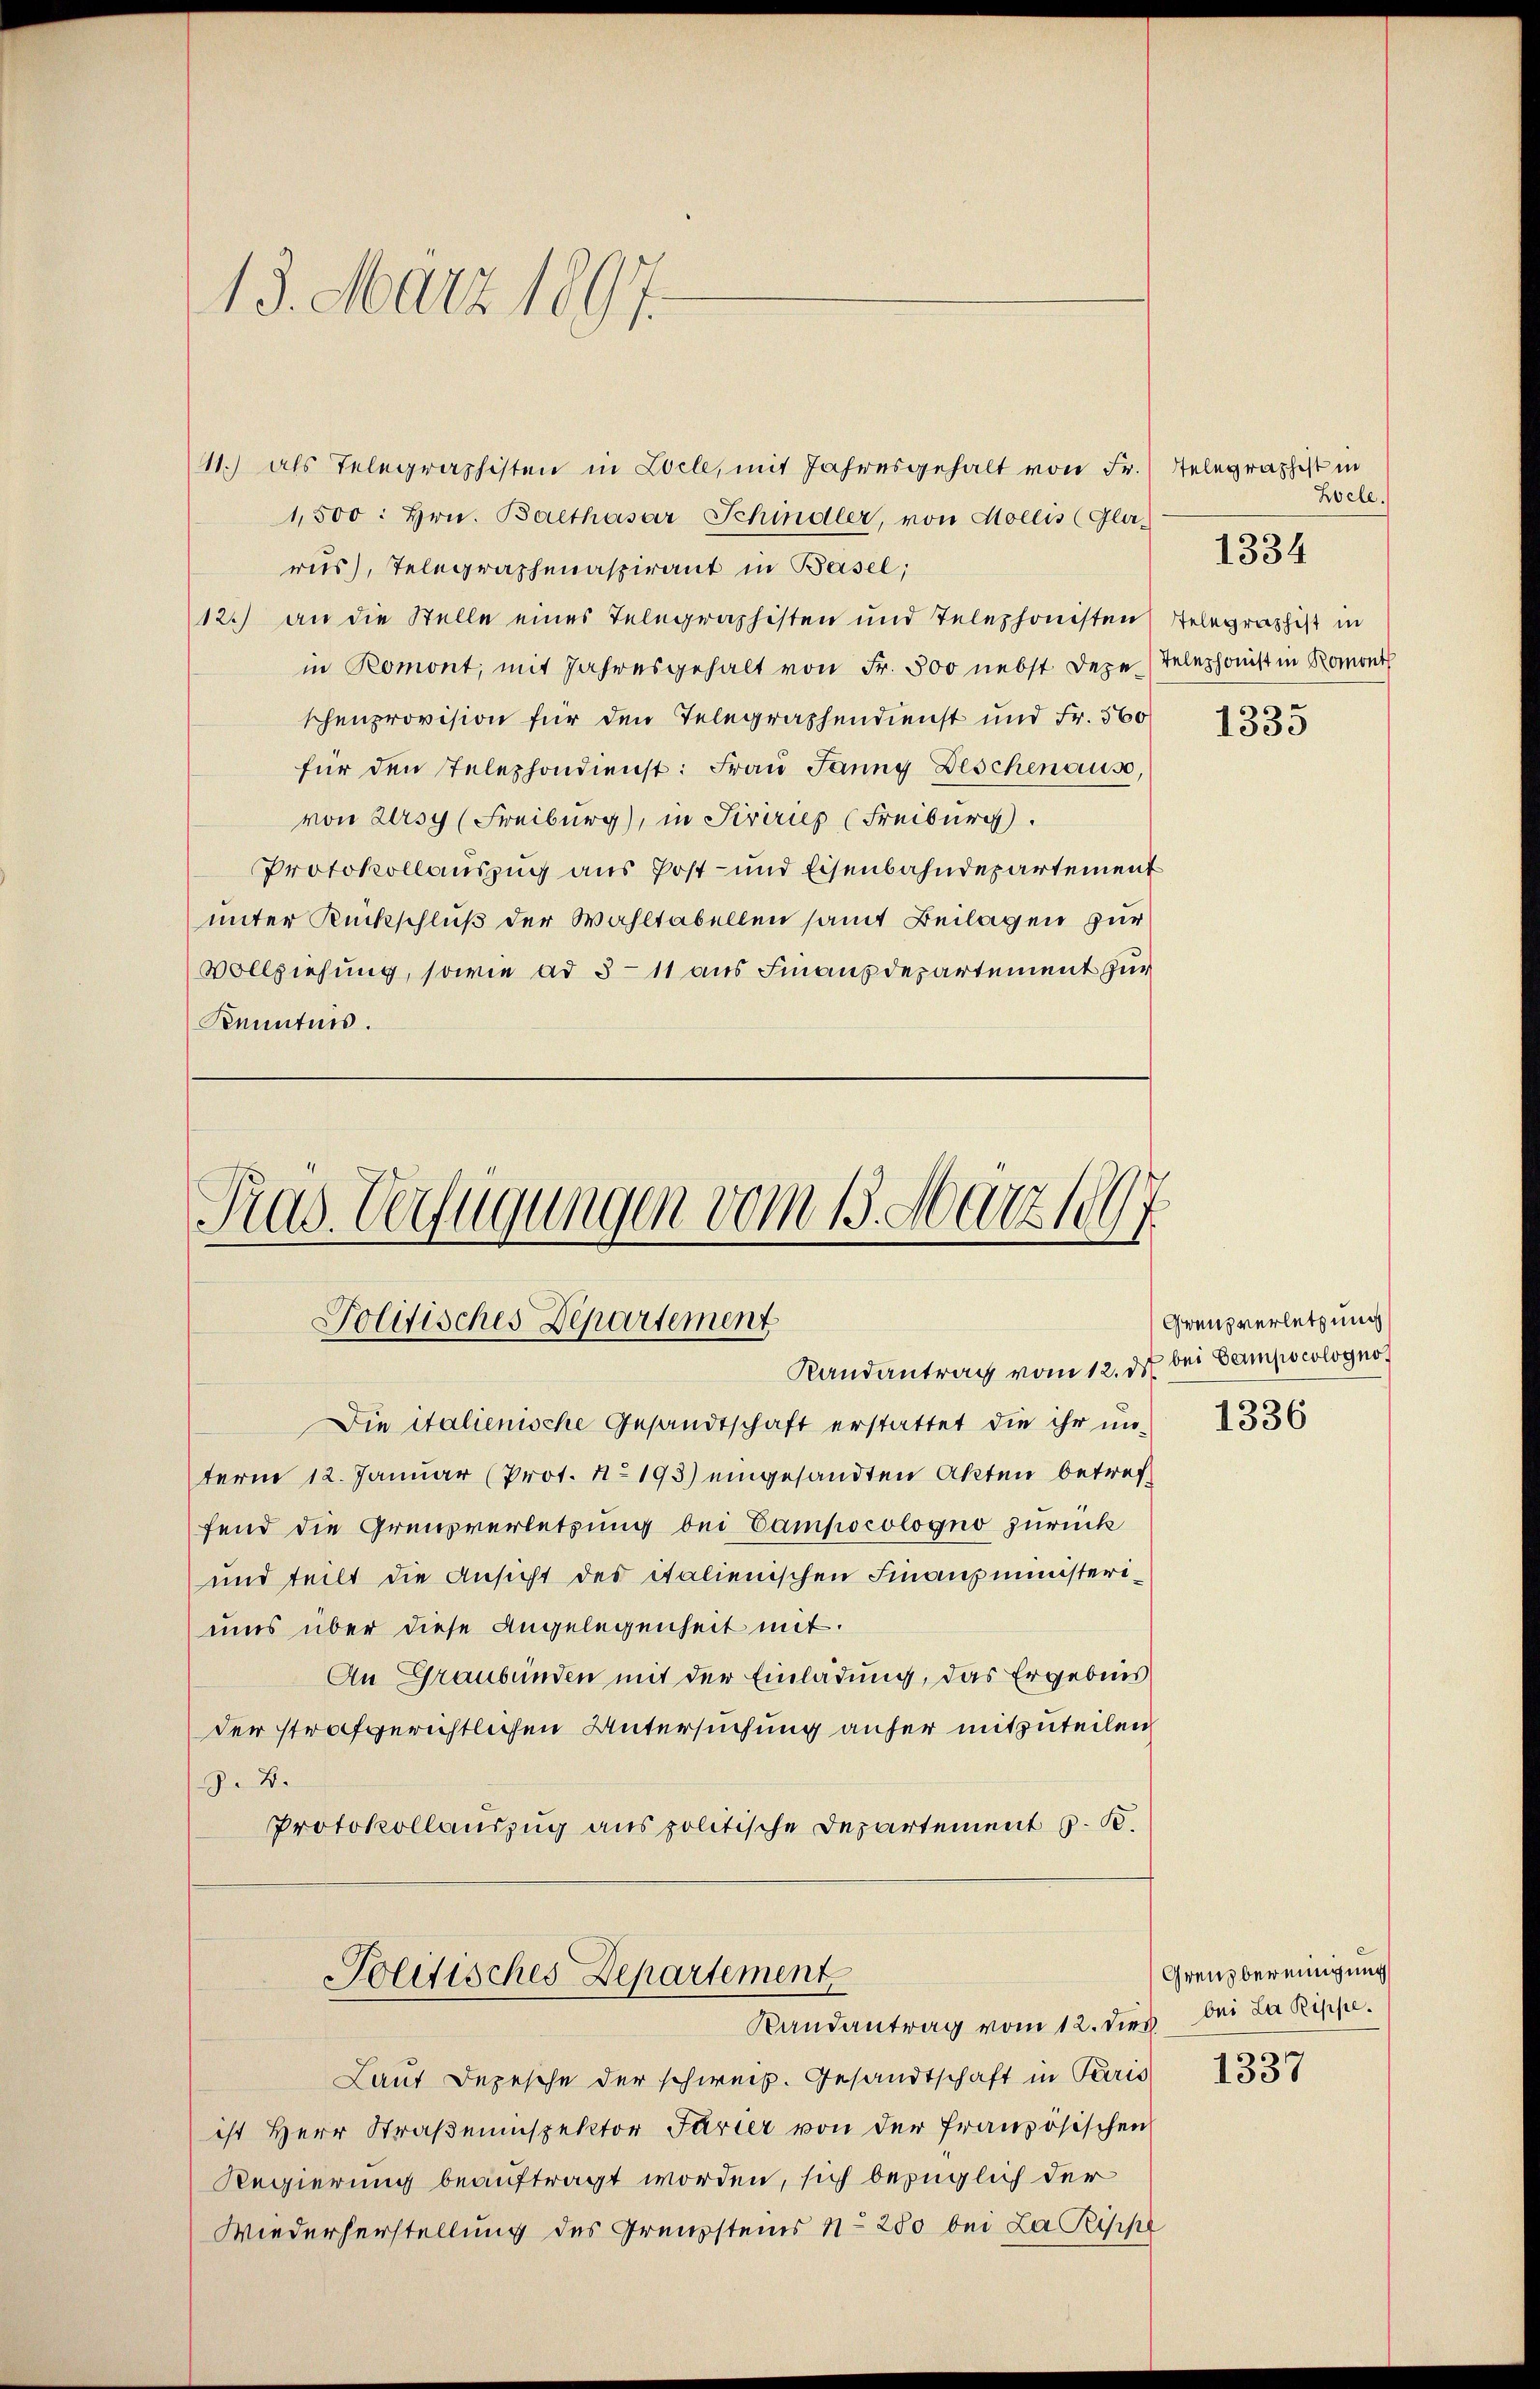
13. März 1897.

11.) als Telegraphisten in Locle, mit Jahresgehalt von Fr. Telegraphist in
1,500. Hrn. Balthasar Schindler, von Mollis (Gla-
rus), Telegraphenaspirant in Basel;
12.) an die Stelle eines Telegraphisten und Telephonisten Telegraphist in
in Romont, mit Jahresgehalt von Fr. 500 nebst Deze Telephonist in Romon
schenprovision für den Telegraphendienst und Fr. 560
für den Telephondienst: Fraŭ Janny Beschenaus,
von Zarsy (Freiburg), in Firirieg (Freiburg.
Protokollauszug aus Post- und Eisenbahndepartement
unter Rückschluß der Wahltabellen samt Beilagen zur
Vollziehung, sowie ad 3 - 11 aus Finanzdepartement zur
Kenntnis.

Tras Verfügungen vom 15. März 1897.
Politisches Departement
Randantrag vom 12. d. bei Campscologno

Die italienische Gesandtschaft erstattet die ihr un-
term 12. Januar (Prot. No 193) eingesandten Akten betreff
fend die Grenzverletzung bei Campocologno zurück
und teilt die Ansicht des italienischen Finanzministeriuns über diese Angelegenheit mit.
An Graubünden mit der Einladung, das Ergebnis
der strafgerichtlichen Untersuchung anfer mitzuteilen
§. 4.
Protokollauszug aus politische Departement z. B.
Politisches Departement
Randantrag vom 12. dies bei La Rippe¬
Laut Depesche der schweiz. Gesandtschaft in Paris
ist Herr Straßeninspektor Farier von der französischen
Regierung beauftragt worden, sich bezüglich der
Wiederherstellung des Grenzsteins No 200 bei La Rippe

Zoele.

1334

.
1335

Grenzverletzung

1336

Grenzbereinigung
s

1387